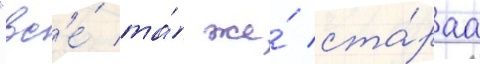
"вс'е́ та́ же́ ста́раа